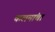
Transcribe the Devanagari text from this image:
कलमांचा